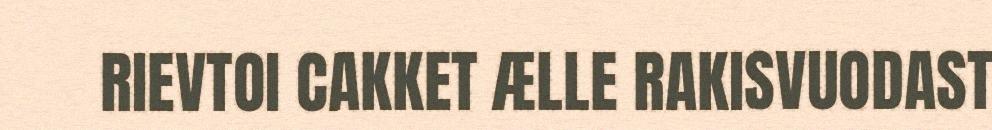
RIEVTOI CAKKET ÆLLE RAKISVUODAST